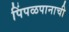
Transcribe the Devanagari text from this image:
पिंपळपानाची